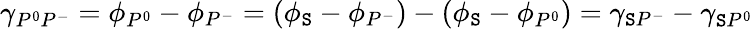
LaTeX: \gamma_{P^{0}P^{-}}=\phi_{P^{0}}-\phi_{P^{-}}=(\phi_{\mathtt{S}}-\phi_{P^{-}})-(\phi_{\mathtt{S}}-\phi_{P^{0}})=\gamma_{\mathtt{S}P^{-}}-\gamma_{\mathtt{S}P^{0}}